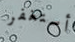
أستغفر